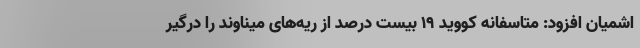
اشمیان افزود: متاسفانه کووید ۱۹ بیست درصد از ریه‌های میناوند را درگیر